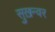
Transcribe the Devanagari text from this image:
सुख़न्वर